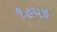
૧૯૫૪